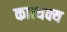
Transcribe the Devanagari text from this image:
कात्थक्य